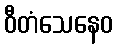
ဝီတံသေနေဝ